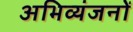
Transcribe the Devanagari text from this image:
अभिव्यंजनों